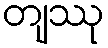
တျဿု